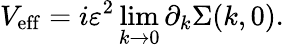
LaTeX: V_{\mathrm{eff}}=i\varepsilon^{2}\operatorname*{lim}_{k\rightarrow 0}\partial_{k}\Sigma(k,0).